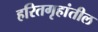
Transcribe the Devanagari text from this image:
हरितगृहांतील